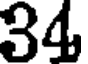
34